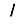
Digit: 1